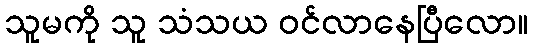
သူမကို သူ သံသယ ဝင်လာနေပြီလော။